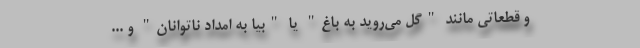
و قطعاتی مانند "گل می‌روید به باغ" یا "بیا به امداد ناتوانان" و ...